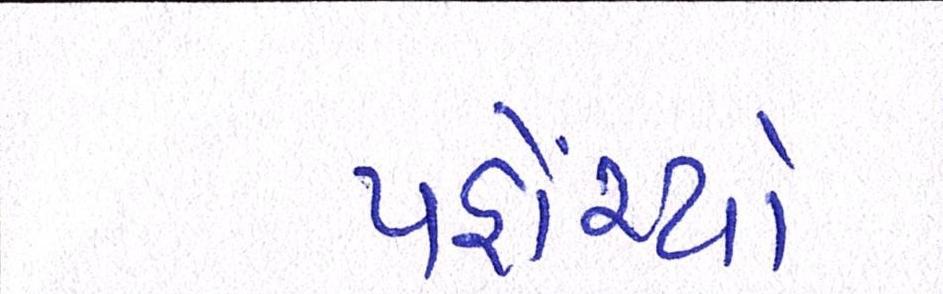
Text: પહોંચ્યો